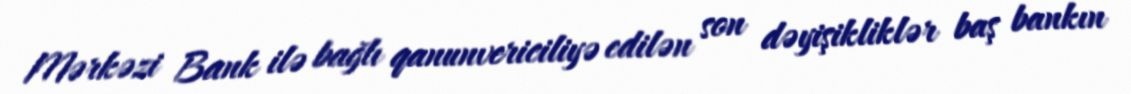
Mərkəzi Bank ilə bağlı qanunvericiliyə edilən son dəyişikliklər baş bankın